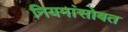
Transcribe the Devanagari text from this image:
नियमांसोबत